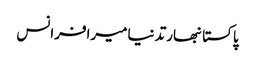
پاکستانبھارتدنیامیرافرانس